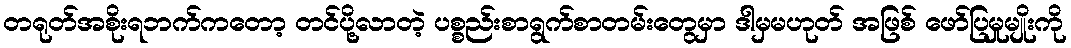
တရုတ်အစိုးရဘက်ကတော့ တင်ပို့လာတဲ့ ပစ္စည်းစာရွက်စာတမ်းတွေမှာ ဒါမှမဟုတ် အဖြစ် ဖော်ပြမှုမျိုးကို